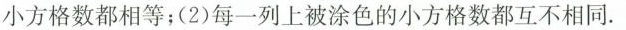
小方格数都相等；(2)每一列上被涂色的小方格数都互不相同。